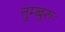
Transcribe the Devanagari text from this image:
तुम्बुरुः